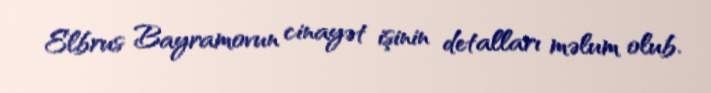
Elbrus Bayramovun cinayət işinin detalları məlum olub.